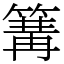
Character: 篝